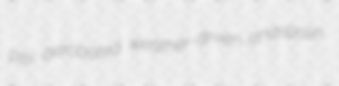
Pitri aerobated weather-driven anaspalin